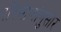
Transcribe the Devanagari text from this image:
परिमाणांनुसार